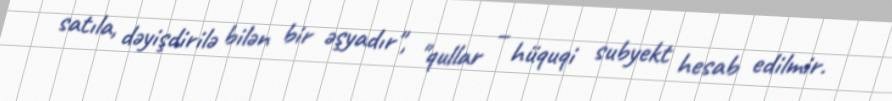
satıla, dəyişdirilə bilən bir əşyadır", "qullar – hüquqi subyekt hesab edilmir.